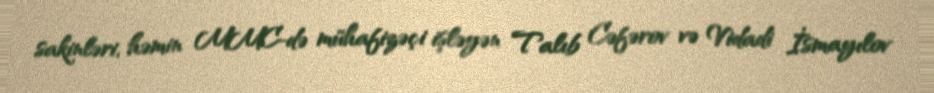
sakinləri, həmin MMC-də mühafizəçi işləyən Talıb Cəfərov və Vidadi İsmayılov